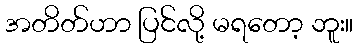
အတိတ်ဟာ ပြင်လို့ မရတော့ ဘူး။